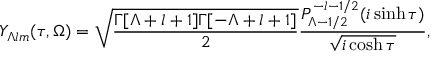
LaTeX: Y _ { \Lambda l m } ( \tau , \Omega ) = \sqrt { \frac { \Gamma [ \Lambda + l + 1 ] \Gamma [ - \Lambda + l + 1 ] } { 2 } } \frac { P _ { \Lambda - 1 / 2 } ^ { - l - 1 / 2 } ( i \sinh \tau ) } { \sqrt { i \cosh \tau } } ,